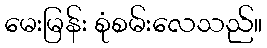
မေးမြန်း စုံစမ်းလေသည်။